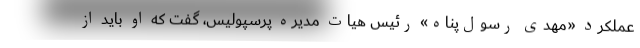
عملکرد «مهدی رسول‌پناه» رئیس هیات مدیره پرسپولیس، گفت که او باید از